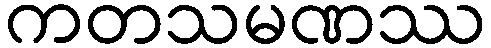
ကတသမဏဿ